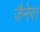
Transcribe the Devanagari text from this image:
जैनेरा